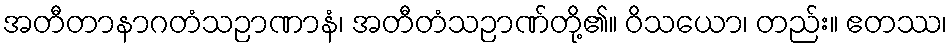
အတီတာနာဂတံသဉာဏာနံ၊ အတီတံသဉာဏ်တို့၏။ ဝိသယော၊ တည်း။ ဧတဿ၊